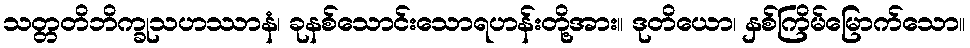
သတ္တတိဘိက္ခုသဟဿာနံ၊ ခုနစ်သောင်းသောရဟန်းတို့အား။ ဒုတိယော၊ နှစ်ကြိမ်မြောက်သော။